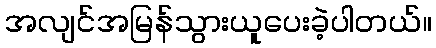
အလျင်အမြန်သွားယူပေးခဲ့ပါတယ်။